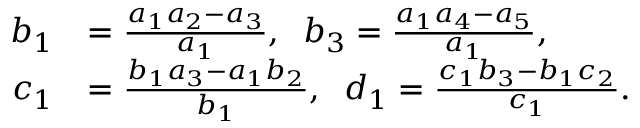
\begin{array} { r l } { b _ { 1 } } & { = \frac { a _ { 1 } a _ { 2 } - a _ { 3 } } { a _ { 1 } } , \; \; b _ { 3 } = \frac { a _ { 1 } a _ { 4 } - a _ { 5 } } { a _ { 1 } } , } \\ { c _ { 1 } } & { = \frac { b _ { 1 } a _ { 3 } - a _ { 1 } b _ { 2 } } { b _ { 1 } } , \; \; d _ { 1 } = \frac { c _ { 1 } b _ { 3 } - b _ { 1 } c _ { 2 } } { c _ { 1 } } . } \end{array}